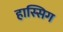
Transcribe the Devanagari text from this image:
हास्सिग